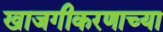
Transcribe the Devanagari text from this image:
खाजगीकरणाच्या